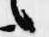
言